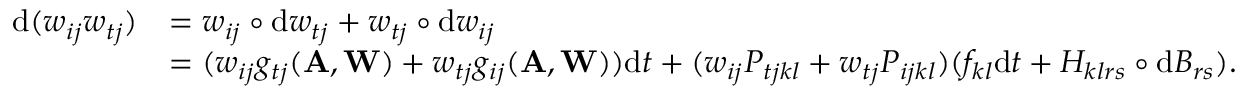
\begin{array} { r l } { \mathrm { d } ( w _ { i j } w _ { t j } ) } & { = w _ { i j } \circ \mathrm { d } w _ { t j } + w _ { t j } \circ \mathrm { d } w _ { i j } } \\ & { = ( w _ { i j } g _ { t j } ( \mathbf A , \mathbf W ) + w _ { t j } g _ { i j } ( \mathbf A , \mathbf W ) ) \mathrm { d } t + ( w _ { i j } P _ { t j k l } + w _ { t j } P _ { i j k l } ) ( f _ { k l } \mathrm { d } t + H _ { k l r s } \circ \mathrm { d } B _ { r s } ) . } \end{array}